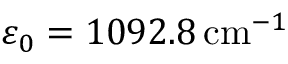
\varepsilon _ { 0 } = 1 0 9 2 . 8 \, \mathrm { c m } ^ { - 1 }